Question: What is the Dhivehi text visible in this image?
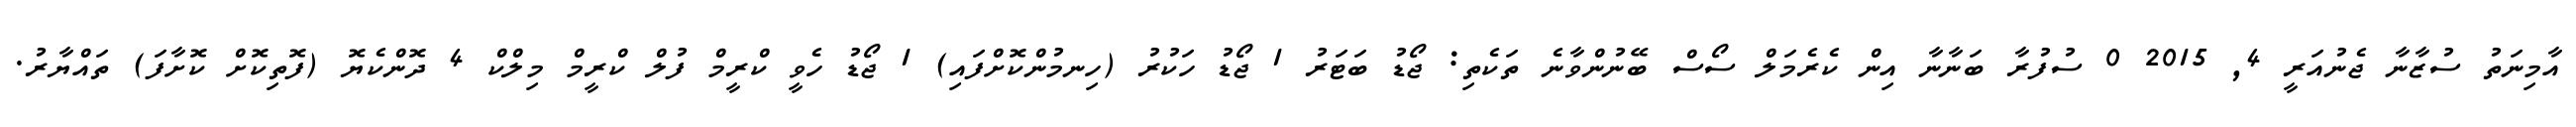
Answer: އާމިނަތު ސުޒާނާ ޖެނުއަރީ 4, 2015 0 ސުފުރާ ބަނާނާ އިން ކެރެމަލް ސޯސް ބޭނުންވާނެ ތަކެތި: ޖޯޑު ބަޓަރު 1 ޖޯޑު ހަކުރު (ހިނމުންކޮށްފައި) 1 ޖޯޑު ހެވީ ކްރީމް ފުލް ކްރީމް މިލްކް 4 ދޮންކެޔޮ (ފޮތިކޮށް ކޮށާފަ) ތައްޔާރު.